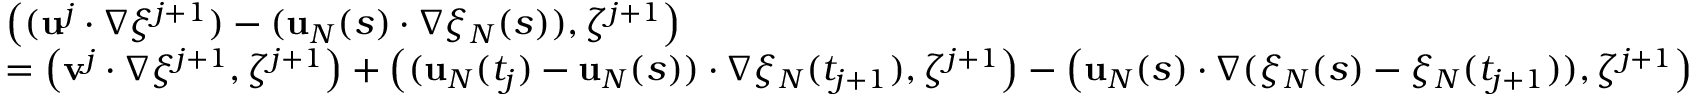
\begin{array} { r l } & { \left( ( \mathbf { u } ^ { j } \cdot \nabla \xi ^ { j + 1 } ) - ( \mathbf { u } _ { N } ( s ) \cdot \nabla \xi _ { N } ( s ) ) , \zeta ^ { j + 1 } \right) } \\ & { = \left( \mathbf { v } ^ { j } \cdot \nabla \xi ^ { j + 1 } , \zeta ^ { j + 1 } \right) + \left( ( \mathbf { u } _ { N } ( t _ { j } ) - \mathbf { u } _ { N } ( s ) ) \cdot \nabla \xi _ { N } ( t _ { j + 1 } ) , \zeta ^ { j + 1 } \right) - \left( \mathbf { u } _ { N } ( s ) \cdot \nabla ( \xi _ { N } ( s ) - \xi _ { N } ( t _ { j + 1 } ) ) , \zeta ^ { j + 1 } \right) } \end{array}